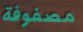
مصفوفة